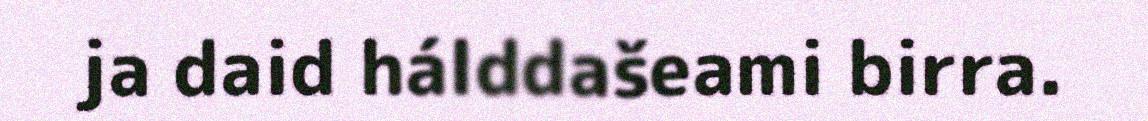
ja daid hálddašeami birra.